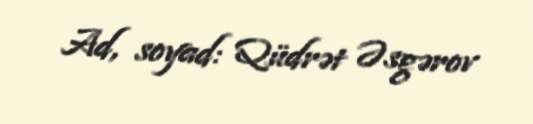
Ad, soyad: Qüdrət Əsgərov